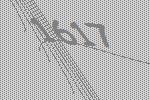
1617